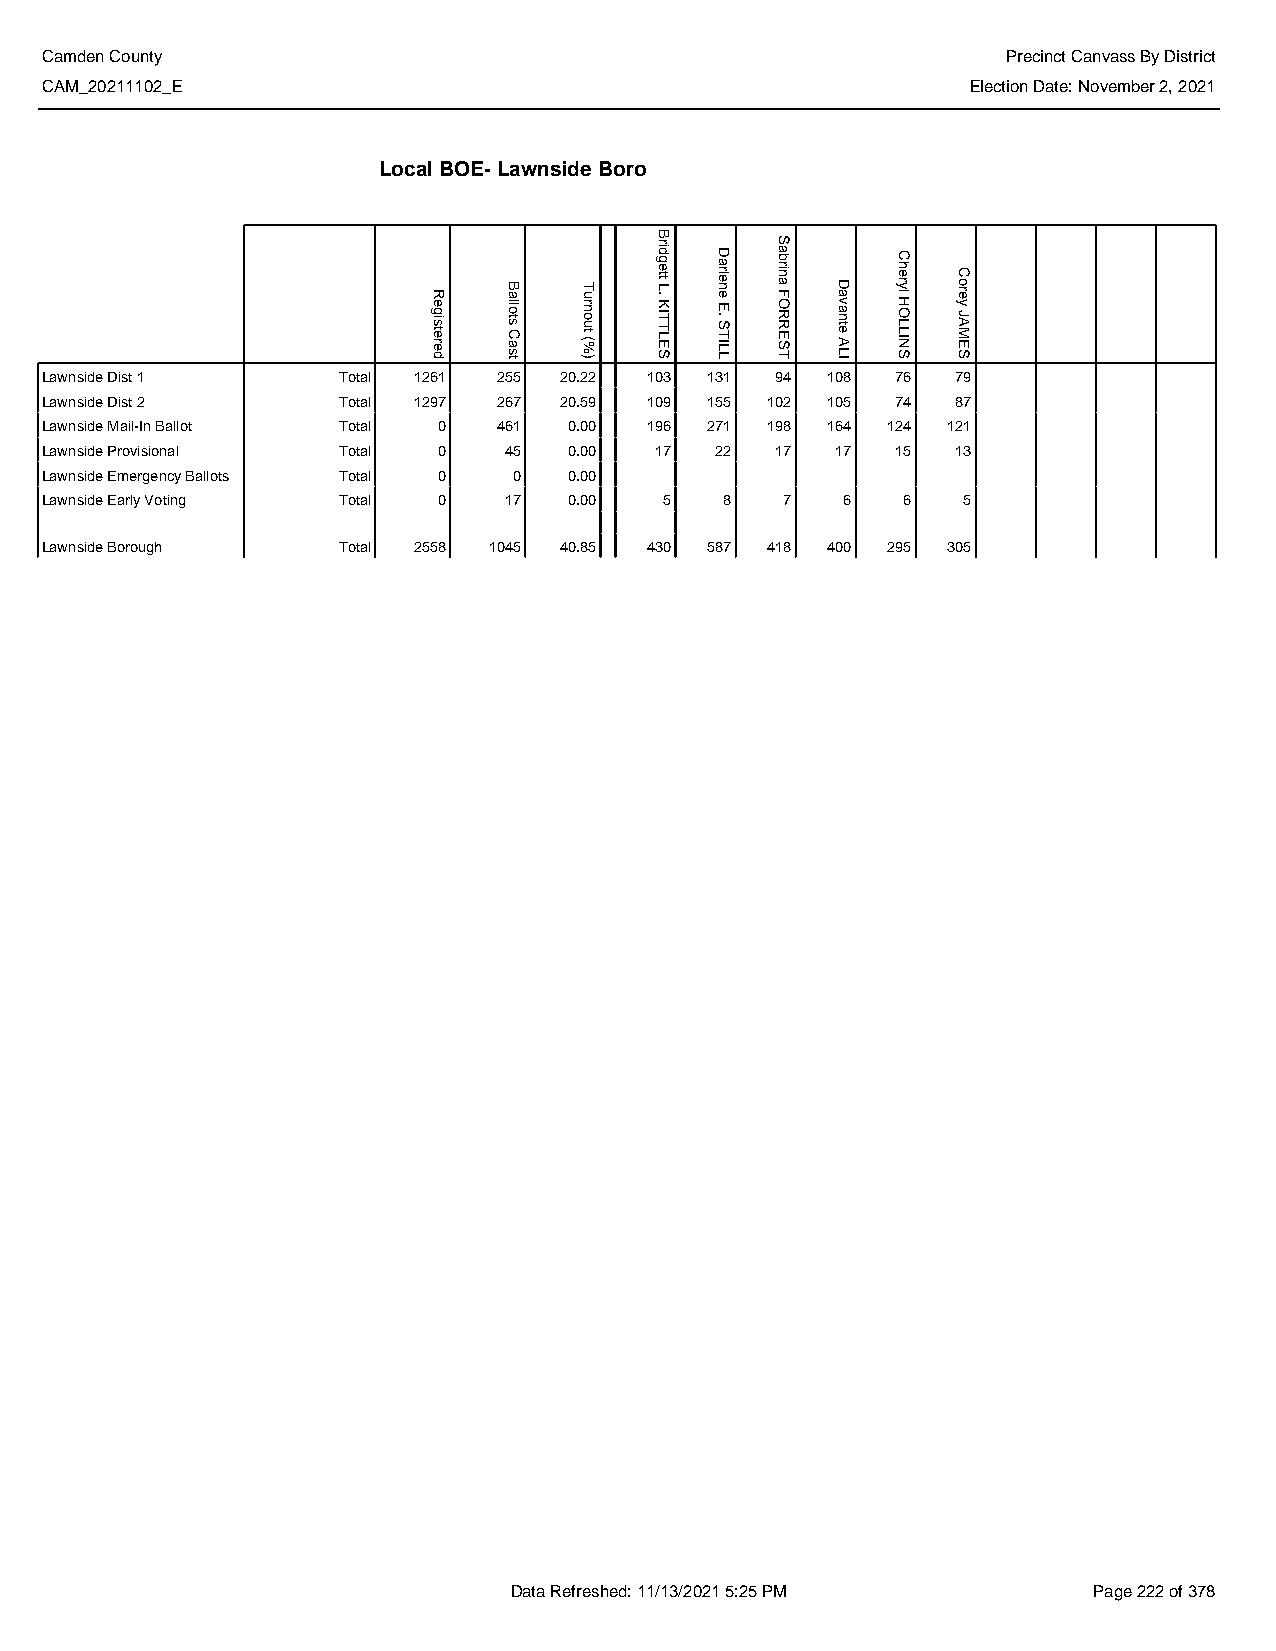
Camden County                                                   Precinct Canvass By District
 CAM_20211102_E                                               Election Date: November 2, 2021
 Local BOE- Lawnside Boro
 Lawnside Dist 1    Total 1261 255 20.22 103 131 94  108 76  79
 Lawnside Dist 2    Total 1297 267 20.59 109 155 102 105 74  87
 Lawnside Mail-In Ballot Total 0 461 0.00 196 271 198 164 124 121
 Lawnside Provisional Total 0  45   0.00 17  22  17  17  15  13
 Lawnside Emergency Ballots Total 0 0 0.00
 Lawnside Early Voting Total 0 17   0.00  5   8   7   6   6   5
 Lawnside Borough   Total 2558 1045 40.85 430 587 418 400 295 305
 Data Refreshed: 11/13/2021 5:25 PM    Page 222 of 378
 Registered Ballots
 Cast
 Turnout
 (%)
 Bridgett
 L.
 KITTLES
 Darlene
 E.
 STILL
 Sabrina
 FORREST Davante
 ALI
 Cheryl
 HOLLINS
 Corey
 JAMES